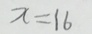
x = 1 6